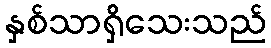
နှစ်သာရှိသေးသည်